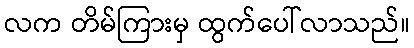
လက တိမ်ကြားမှ ထွက်ပေါ်လာသည်။